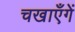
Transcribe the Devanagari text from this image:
चखाएँगें